Annual report on the health of the army in India
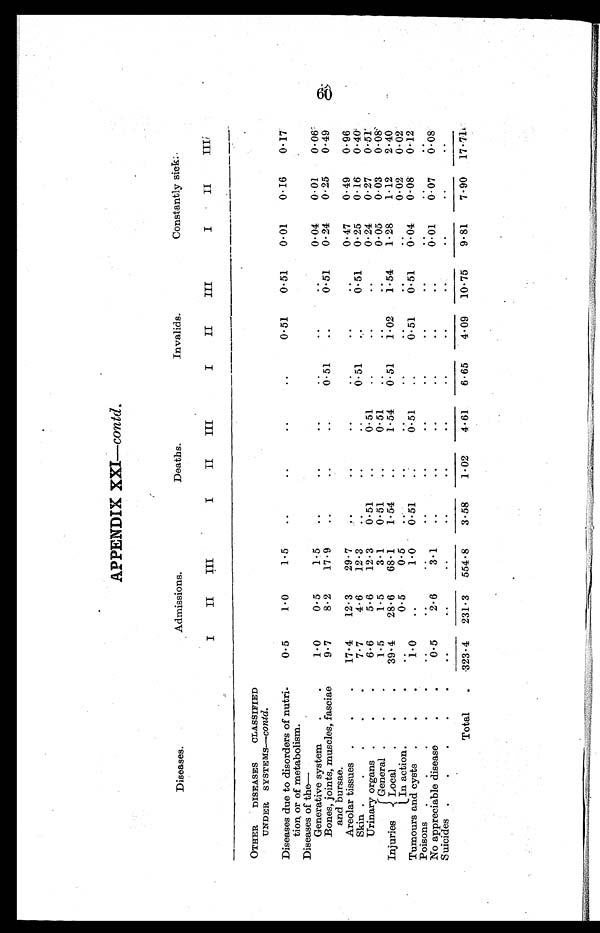
APPENDIX XXI—contd.
Diseases.
Admissions.
Deaths.
Invalids.
Constantly sick:.
I
II III
I
II III
I
II
III
I
II
III
OTHER DISEASES CLASSIFIED
UNDER SYSTEMS— Contd.
Diseases due to disorders of nutri
¬tion or of metabolism.
0.5
1.0
1.5
..
..
..
..
0.51
0.51
0.01
0.16
0.17
Diseases of the—
Generative system . .
1.0
0.5
1.5
..
..
..
..
..
..
0.04 0.01
0.06
Bones, joints, muscles, fasciae
and bursae.
9.7
8.2
17.9
..
..
..
0.51
..
0.51
0.24 0.25
0.49
Areolar tissues
17.4
12.3
29.7
..
..
..
..
..
..
0.47
0.49
0.96
Skin
7.7
4.6
12.3
. .
..
..
0.51
..
0.51
0.25
0.16
0.40
Urinary organs
6.6
5.6
12.3
0.51
..
0.51
..
..
..
0.24
0.27
0.51
Injuries
General
1.5
1.5
3.1
0.51
..
0.51
..
..
..
0.05
0.03
0.08
Local
39.4 28.6
68.1
1.54
..
1.54
0.51
1.02
1.54
1.28
1.12
2.40
In action.
.
.
..
0.5
0.5
..
..
..
..
..
..
..
0.02
0.02
Tumours and cysts
1 . 0 ..
1.0 0.51
..
0.51
..
0.51
0.51
0.04 0.08
0.12
Poison
..
..
..
..
..
..
..
..
..
..
..
..
No appr
0.5
2.6
3.1
..
..
..
..
..
..
0.01
0.07
0.08
Suicides
..
..
..
..
..
..
..
..
..
..
..
Total
323.4 231.3 554.8
3.58
1.02
4.61
6.65
4.09 10 . 75
9.81
7.90 17.71